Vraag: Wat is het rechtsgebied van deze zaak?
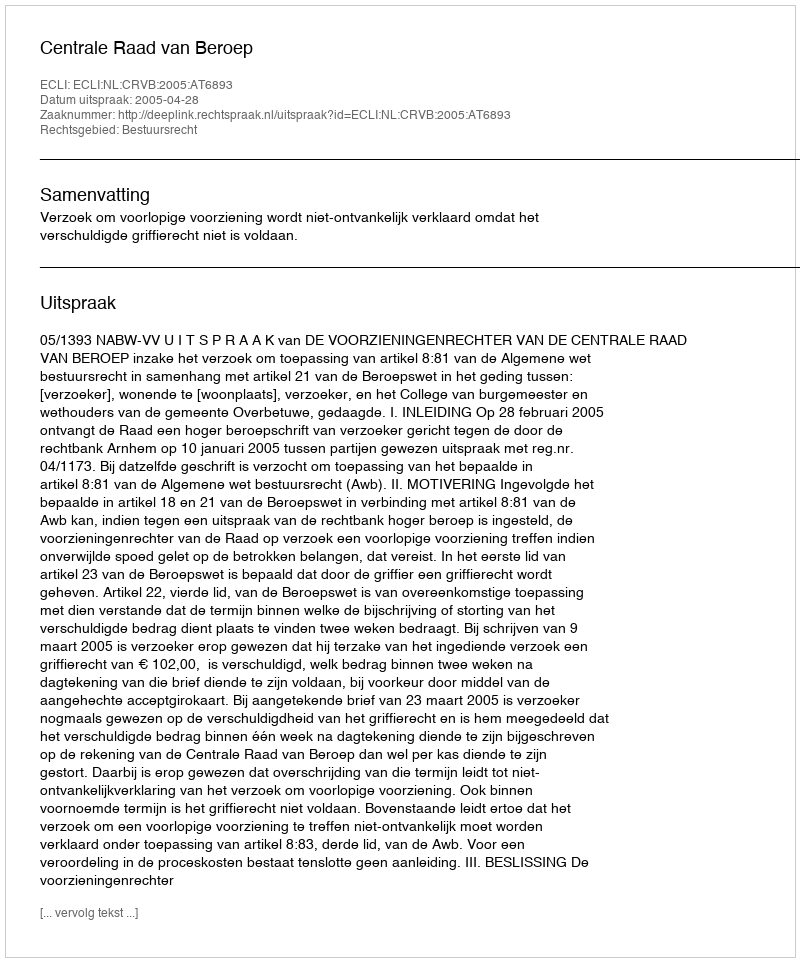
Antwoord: Bestuursrecht